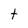
Character: t